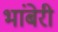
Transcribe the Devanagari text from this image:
भांबेरी